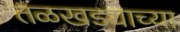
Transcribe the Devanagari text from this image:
तळखड्याच्या